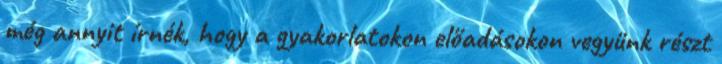
még annyit írnék, hogy a gyakorlatokon előadásokon vegyünk részt